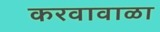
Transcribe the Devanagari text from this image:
करवावाळा